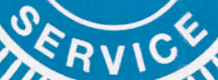
SERVICE